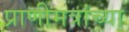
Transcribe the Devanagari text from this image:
प्राणीमत्रांच्या